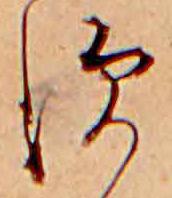
す